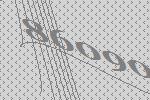
86090